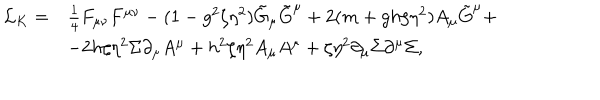
LaTeX: \begin{array} { l l } { { { \cal L } _ { K } = } } & { { \frac { 1 } { 4 } F _ { \mu \nu } F ^ { \mu \nu } - ( 1 - g ^ { 2 } \zeta \eta ^ { 2 } ) \tilde { G } _ { \mu } \tilde { G } ^ { \mu } + 2 ( m + g h \zeta \eta ^ { 2 } ) A _ { \mu } \tilde { G } ^ { \mu } + } } \\ { { } } & { { - 2 h \zeta \eta ^ { 2 } \Sigma \partial _ { \mu } A ^ { \mu } + h ^ { 2 } \zeta \eta ^ { 2 } A _ { \mu } A ^ { \mu } + \zeta \eta ^ { 2 } \partial _ { \mu } \Sigma \partial ^ { \mu } \Sigma , } } \\ \end{array}